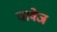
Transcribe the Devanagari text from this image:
चावेज